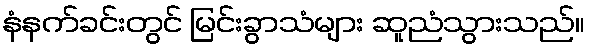
နံနက်ခင်းတွင် မြင်းခွာသံများ ဆူညံသွားသည်။